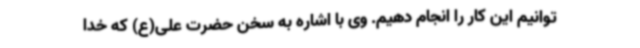
توانیم این کار را انجام دهیم. وی با اشاره به سخن حضرت علی(ع) که خدا